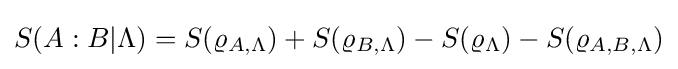
S(A:B|\Lambda )=S(\varrho _{A,\Lambda })+S(\varrho _{B,\Lambda })-S(\varrho _{\Lambda })-S(\varrho _{A,B,\Lambda })